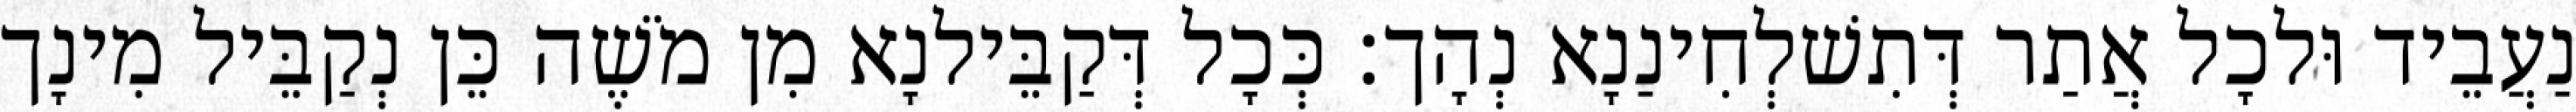
נַעֲבֵיד וּלכָל אֲתַר דְּתִשׁלְחִינַנָא נְהָך׃ כְּכָל דְּקַבֵּילנָא מִן מֹשֶׁה כֵּן נְקַבֵּיל מִינָך